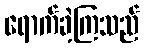
ရောက်ခဲ့ကြသည်